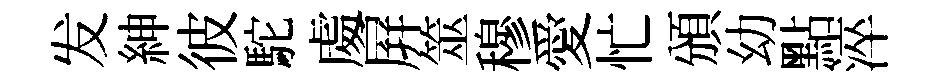
发紳彼駝䖏屛筮穆愛忙頒幼點淬